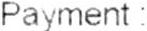
PAYMENT: